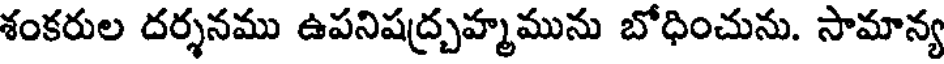
శంకరుల దర్శనము ఉపనిషద్ర్రహ్మమును బోధించును. సామాన్య